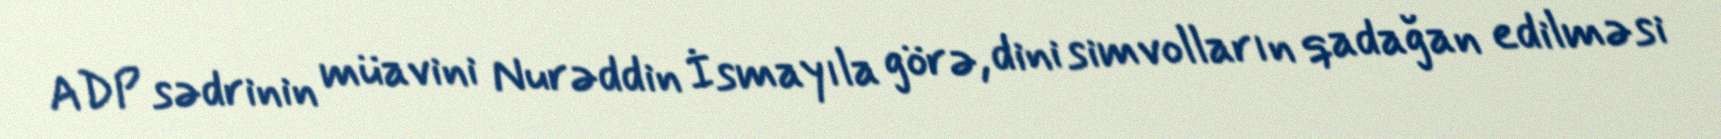
ADP sədrinin müavini Nurəddin İsmayıla görə, dini simvolların qadağan edilməsi